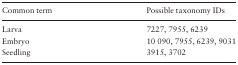
<table><thead><tr><td><b>Common term</b></td><td><b>Possible taxonomy IDs</b></td></tr></thead><tbody><tr><td>Larva</td><td>7227, 7955, 6239</td></tr><tr><td>Embryo</td><td>10 090, 7955, 6239, 9031</td></tr><tr><td>Seedling</td><td>3915, 3702</td></tr></tbody></table>